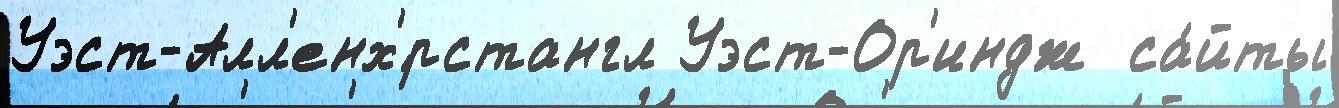
Уэст-Алл'енх'́рстангл Уэст-Ор'индж  са́йты